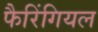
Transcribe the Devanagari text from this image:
फैरिंगियल